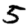
Digit: 5